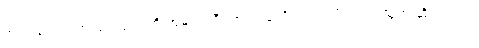
အပင်တွေရဲ့ အလုပ်လုပ်ပုံကို အများကြီး အတုယူလို့ရတယ်လို့လည်း သူက ဆိုပါတယ်။